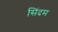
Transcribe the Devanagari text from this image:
सिंदम